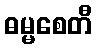
ဓမ္မစေတီ